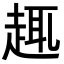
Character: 𧼈